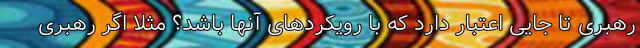
رهبری تا جایی اعتبار دارد که با رویکردهای آنها باشد؟ مثلاً اگر رهبری